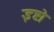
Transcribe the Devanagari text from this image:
इष्टो